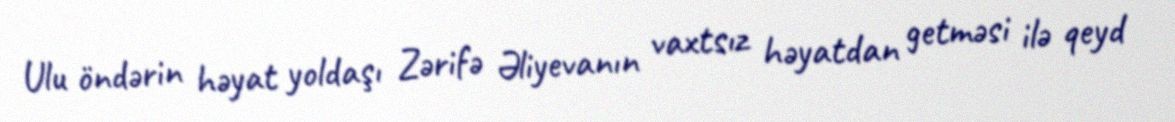
Ulu öndərin həyat yoldaşı Zərifə Əliyevanın vaxtsız həyatdan getməsi ilə qeyd